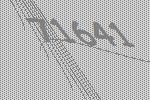
71641